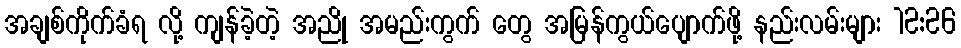
အချစ်ကိုက်ခံရ လို့ ကျန်ခဲ့တဲ့ အညို အမည်းကွက် တွေ အမြန်ကွယ်ပျောက်ဖို့ နည်းလမ်းများ 12:26